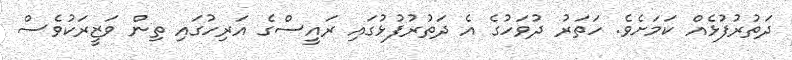
ދަތުރުފުޅެއް ކަމަށެވެ. ހަތަރު ދުވަހުގެ އެ ދަތުރުފުޅުގައި ރައީސްގެ އަރިިހުގައި ތިން ވަޒީރަކުވެސް